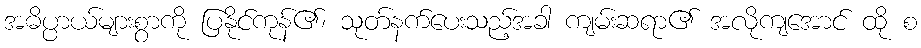
အဓိပ္ပာယ်များစွာကို ပြနိုင်ကုန်၏၊ သုတ်နက်ပေးသည့်အခါ ကျမ်းဆရာ၏ အလိုကျအောင် ထို စ